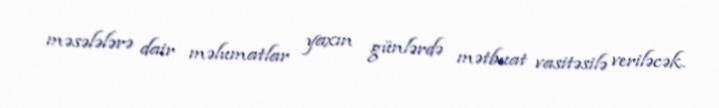
məsələlərə dair məlumatlar yaxın günlərdə mətbuat vasitəsilə veriləcək.